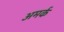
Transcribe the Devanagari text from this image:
अमर्क